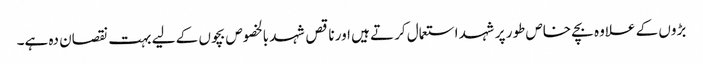
بڑوں کے علاوہ بچے خاص طور پر شہد استعمال کرتے ہیں اور ناقص شہد بالخصوص بچوں کے لیے بہت نقصان دہ ہے۔